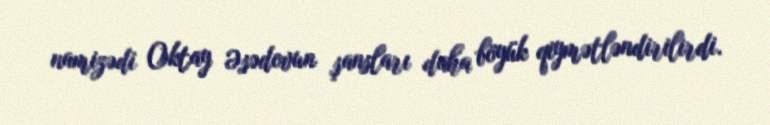
namizədi Oktay Əsədovun şansları daha böyük qiymətləndirilirdi.